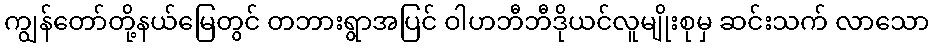
ကျွန်တော်တို့နယ်မြေတွင် တဘားရွာအပြင် ဝါဟဘီဘီဒိုယင်လူမျိုးစုမှ ဆင်းသက် လာသော